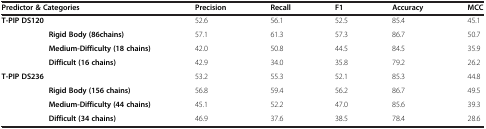
<table><thead><tr><td colspan="2"><b>Predictor &amp; Categories</b></td><td><b>Precision</b></td><td><b>Recall</b></td><td><b>F1</b></td><td><b>Accuracy</b></td><td><b>MCC</b></td></tr></thead><tbody><tr><td colspan="2"><b>T-PIP DS120</b></td><td>52.6</td><td>56.1</td><td>52.5</td><td>85.4</td><td>45.1</td></tr><tr><td> </td><td><b>Rigid Body (86chains)</b></td><td>57.1</td><td>61.3</td><td>57.3</td><td>86.7</td><td>50.7</td></tr><tr><td> </td><td><b>Medium-Difficulty (18 chains)</b></td><td>42.0</td><td>50.8</td><td>44.5</td><td>84.5</td><td>35.9</td></tr><tr><td> </td><td><b>Difficult (16 chains)</b></td><td>42.9</td><td>34.0</td><td>35.8</td><td>79.2</td><td>26.2</td></tr><tr><td colspan="2"><b>T-PIP DS236</b></td><td>53.2</td><td>55.3</td><td>52.1</td><td>85.3</td><td>44.8</td></tr><tr><td> </td><td><b>Rigid Body (156 chains)</b></td><td>56.8</td><td>59.4</td><td>56.2</td><td>86.7</td><td>49.5</td></tr><tr><td> </td><td><b>Medium-Difficulty (44 chains)</b></td><td>45.1</td><td>52.2</td><td>47.0</td><td>85.6</td><td>39.3</td></tr><tr><td> </td><td><b>Difficult (34 chains)</b></td><td>46.9</td><td>37.6</td><td>38.5</td><td>78.4</td><td>28.6</td></tr></tbody></table>